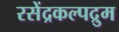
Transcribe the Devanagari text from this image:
रसेंद्रकल्पद्रुम